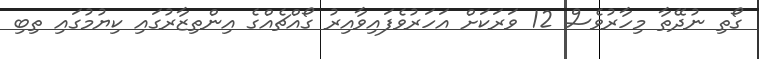
ގޯތި ނުދޭތާ މިހާރުވެސް 12 ވަރަކަށް އަހަރުވެފައިވާއިރު ގޯއްޗެއްގެ އިންތިޒާރުގައި ކިޔުމުގައި ތިބި